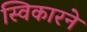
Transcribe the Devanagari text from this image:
स्विकारने